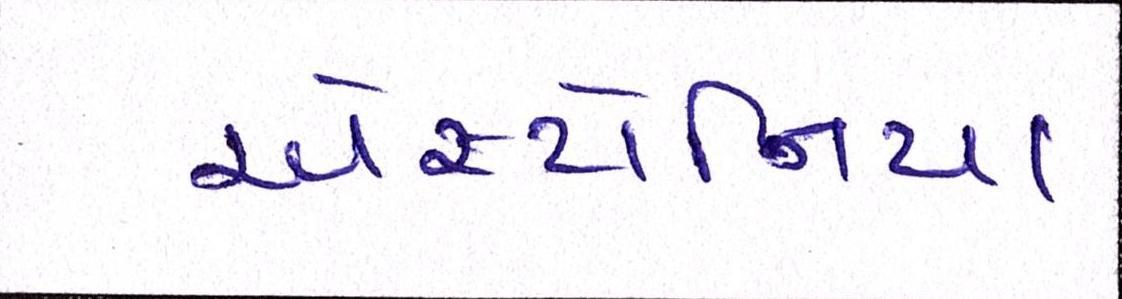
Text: એસ્ટોનિયા